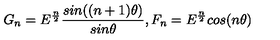
G _ { n } = E ^ { \frac { n } { 2 } } \frac { s i n ( ( n + 1 ) \theta ) } { s i n \theta } , F _ { n } = E ^ { \frac { n } { 2 } } c o s ( n \theta )